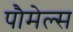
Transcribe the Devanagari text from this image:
पौमेल्स